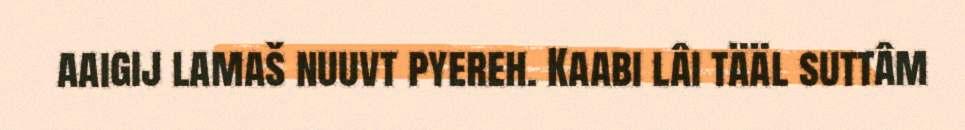
aaigij lamaš nuuvt pyereh. Kaabi lâi tääl suttâm